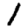
Digit: 1